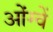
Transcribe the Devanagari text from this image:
ओंग्वें